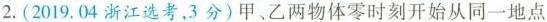
2.(2019.04浙江选考，3分)甲、乙两物体零时刻开始从同一地点